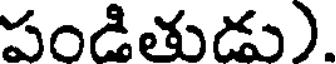
పండితుడు).